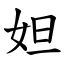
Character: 妲